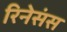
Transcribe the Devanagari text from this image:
रिनेसंस